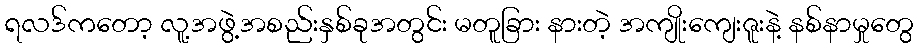
ရလဒ်ကတော့ လူ့အဖွဲ့အစည်းနှစ်ခုအတွင်း မတူခြား နားတဲ့ အကျိုးကျေးဇူးနဲ့ နစ်နာမှုတွေ